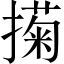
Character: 𢵗